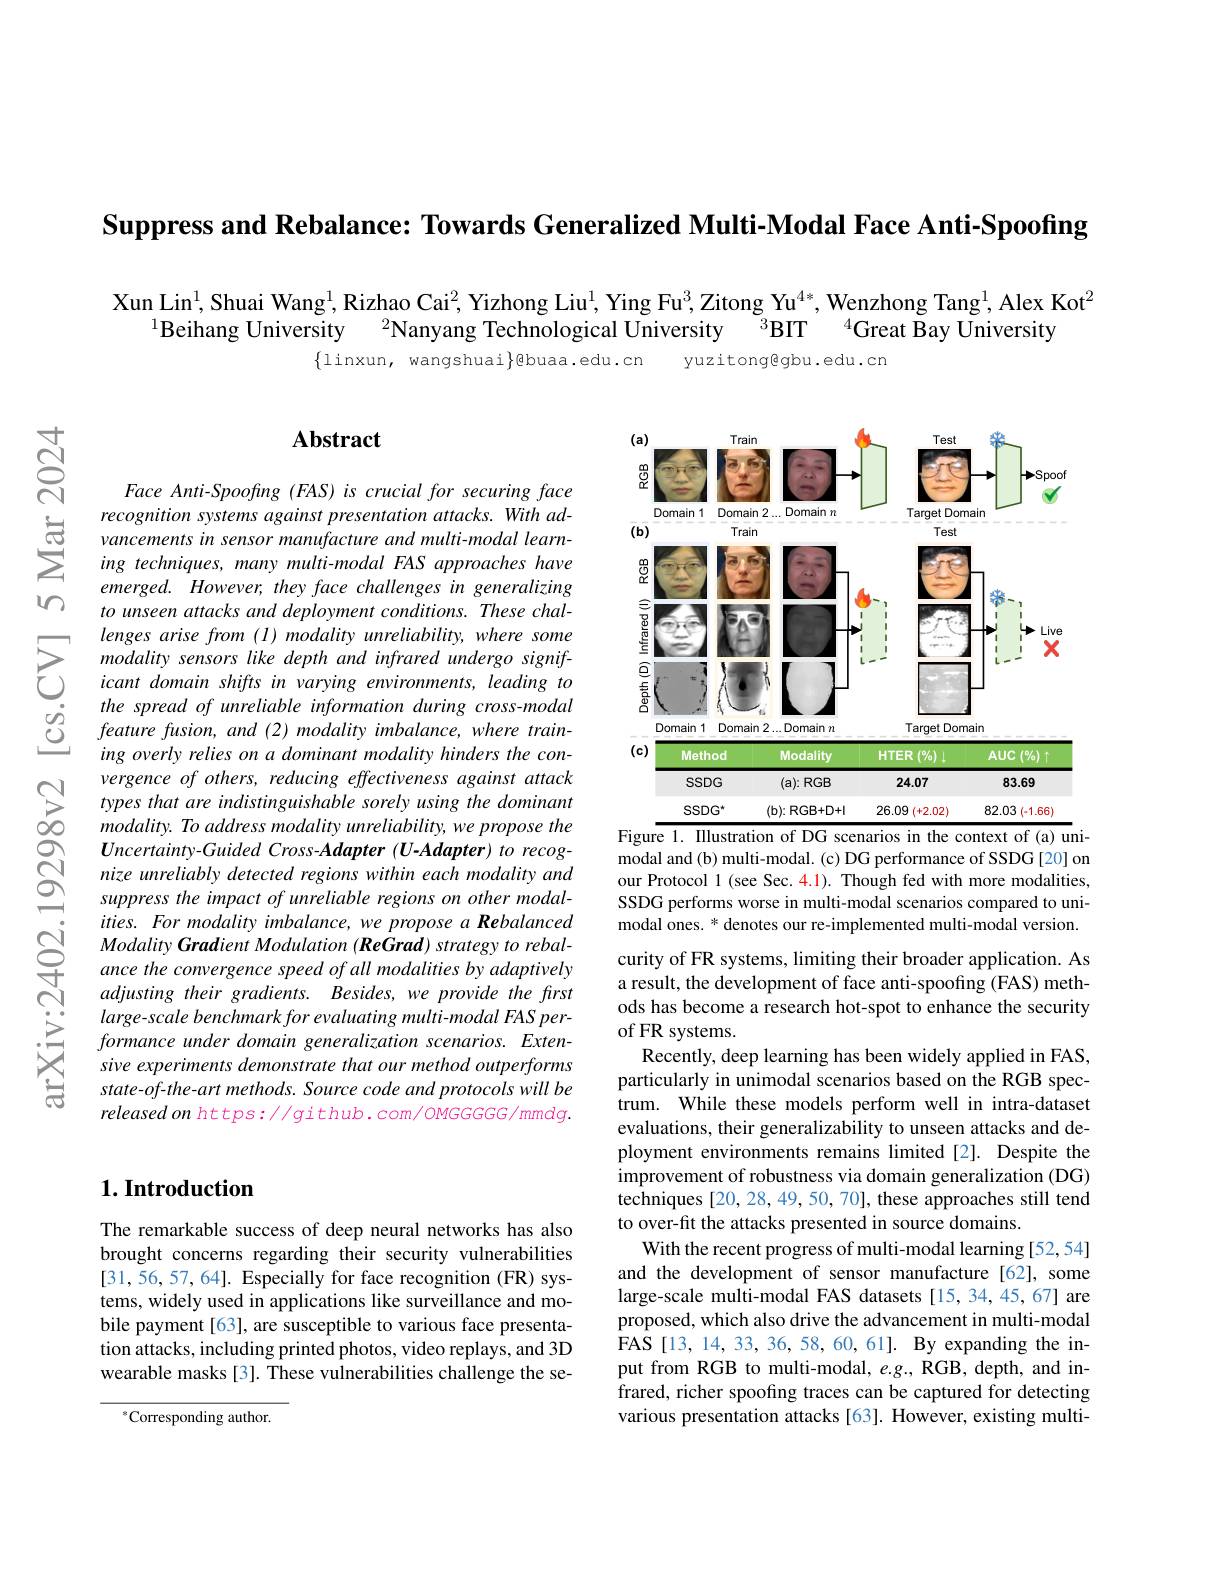
Suppress and Rebalance: Towards Generalized Multi-Modal Face Anti-Spoofing

$w$

$હં$

$ন্ল$

Xun Lin$^1$, Shuai Wang$^1$,Rizhao Cai$^2$,Yizhong Liu$^1$,Ying Fu$^3$,Zitong Yu$^{4*}$,Wenzhong Tang$^1$,Alex Kot$^2$

$^{4}$Great Bay University

$^{1}$Beihang University$^2$Nanyang Technological University$^{3}$BIT

$\{$linxun, wangshuai$\}$@buaa.edu.cn

yuzitong@gbu.edu.cn

## Abstract

<FigureHere>
Figure 1. Illustration of DG scenarios in the context of (a) uni-

Face Anti-Spoofing (FAS) is crucial for securing face recognition systems against presentation attacks. With ad-
$\sum_{ing~techniques,~many~multi-modal~learn-}$
emerged. However, they face challenges in generalizing to unseen attacks and deployment conditions. These chal-
$\sum_{\begin{array}{ccc}&\text{lenges arise from (1) modality unrel}\end{array}}$
the spread of unreliable information during cross-modal feature fusion, and (2) modality imbalance, where training overly relies on a dominant modality hinders the con-
$\begin{array}{lll}&\text{vergence of others, reducing effectiven}\end{array}$
Uncertainty-Guided Cross-Adapter(U-Adapter) to recognize unreliably detected regions within each modality and suppress the impact of unreliable regions on other modalities. For modality imbalance, we propose a Rebalanced Modality Gradient Modulation (ReGrad) strategy to rebalance the convergence speed of all modalities by adaptively adjusting their gradients. Besides, we provide the first large-scale benchmark for evaluating multi-modal FAS performance under domain generalization scenarios. Extensive experiments demonstrate that our method outperforms state-of-the-art methods. Source code and protocols will be released on https://github.com/OMGGGGG/mmdg.

modal and (b) multi-modal. (c) DG performance of SSDG [20] on our Protocol 1 (see Sec. 4.1). Though fed with more modalities, SSDG performs worse in multi-modal scenarios compared to unimodal ones. * denotes our re-implemented multi-modal version. curity of FR systems, limiting their broader application. As a result, the development of face anti-spoofing (FAS) methods has become a research hot-spot to enhance the security of FR systems.
Recently, deep learning has been widely applied in FAS, particularly in unimodal scenarios based on the RGB spectrum. While these models perform well in intra-dataset evaluations, their generalizability to unseen attacks and deployment environments remains limited [2]. Despite the improvement of robustness via domain generalization (DG) techniques [20, 28, 49, 50, 70], these approaches still tend to over-fit the attacks presented in source domains.
With the recent progress of multi-modal learning [52,54] and the development of sensor manufacture[62], some large-scale multi-modal FAS datasets [15,34,45,67] are proposed, which also drive the advancement in multi-modal FAS [13, 14, 33, 36, 58, 60, 61]. By expanding the input from RGB to multi-modal, $e.g.$, RGB, depth, and infrared, richer spoofing traces can be captured for detecting various presentation attacks [63]. However, existing multi-

## $1. \textbf{Introduction}$

The remarkable success of deep neural networks has also brought concerns regarding their security vulnerabilities [31,56,57,64]. Especially for face recognition (FR) systems, widely used in applications like surveillance and mobile payment [63], are susceptible to various face presentation attacks, including printed photos, video replays, and 3D wearable masks[3]. These vulnerabilities challenge the se-

$^{*}$Corresponding author.